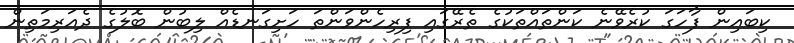
ކިބައިން ފާހަގަ ކުރެވޭނެ ކަންތައްތަކުގެ ތެރޭގައި ފިރިހެންވަންތަ ހަށިގަނޑެއް ލިބުން ބޮލުގެ ދެއަރިމަތިން